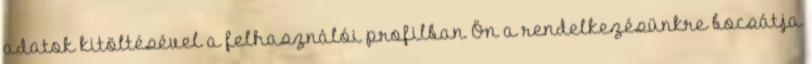
adatok kitöltésével a felhasználói profilban Ön a rendelkezésünkre bocsátja